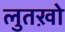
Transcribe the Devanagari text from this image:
लुतख़ो